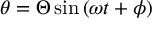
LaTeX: \theta = \Theta \sin \left( \omega t + \phi \right)